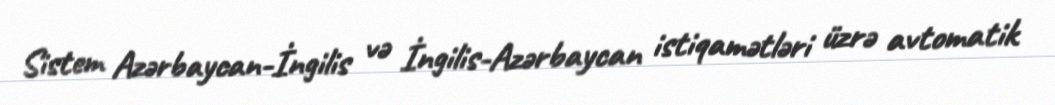
Sistem Azərbaycan-İngilis və İngilis-Azərbaycan istiqamətləri üzrə avtomatik